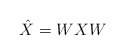
\begin{align*} \hat{X} = WXW \end{align*}